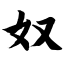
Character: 奴